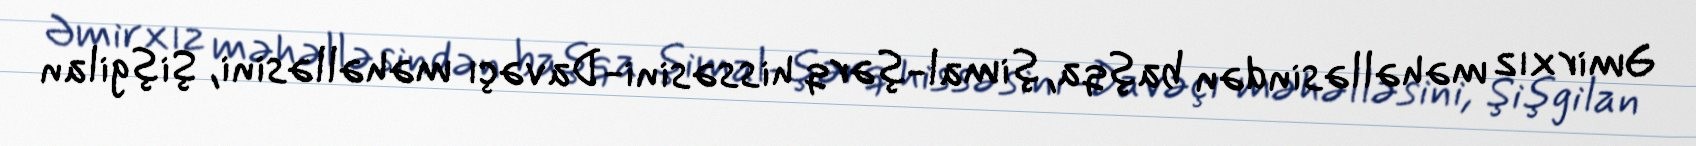
Əmirxız məhəlləsindən başqa, şimal-şərq hissəsini-Davəçı məhəlləsini, Şişgilan